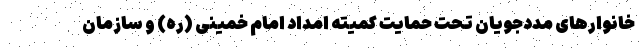
خانوارهای مددجویان تحت حمایت کمیته امداد امام خمینی (ره) و سازمان